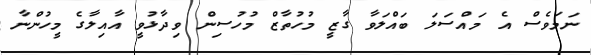
ނަމަވެސް އެ މައްސަލަ ބައްލަވާ ގާޒީ މުހުތާޒް މުހުސިން ވިދާޅުވީ އާއިލާގެ މީހުންނާ